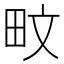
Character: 𪽌